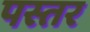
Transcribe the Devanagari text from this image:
पस्तर